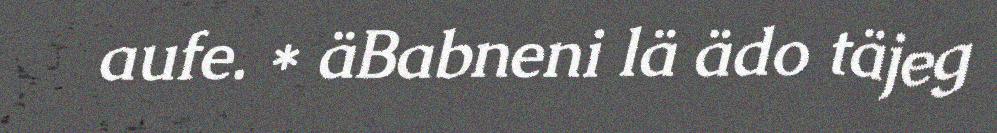
aufe. * äBabneni lä ädo täjeg